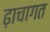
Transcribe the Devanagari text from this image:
ढ़ाचागत